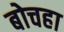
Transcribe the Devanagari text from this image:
बोचहा